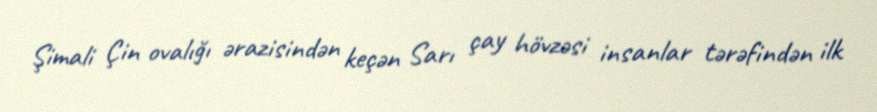
Şimali Çin ovalığı ərazisindən keçən Sarı çay hövzəsi insanlar tərəfindən ilk